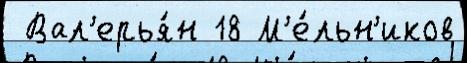
 Вал'ерья́н 18 М'е́льн'иков